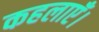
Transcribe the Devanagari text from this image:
कहलाएँ।